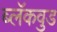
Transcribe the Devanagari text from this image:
ब्लॅकवुड